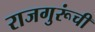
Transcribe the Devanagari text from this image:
राजगुरूंची